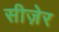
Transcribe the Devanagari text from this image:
सीज़ेर